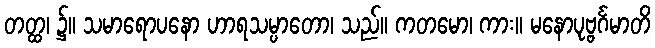
တတ္ထ၊ ၌။ သမာရောပနော ဟာရသမ္ပာတော၊ သည်။ ကတမော၊ ကား။ မနောပုဗ္ဗင်္ဂမာတိ